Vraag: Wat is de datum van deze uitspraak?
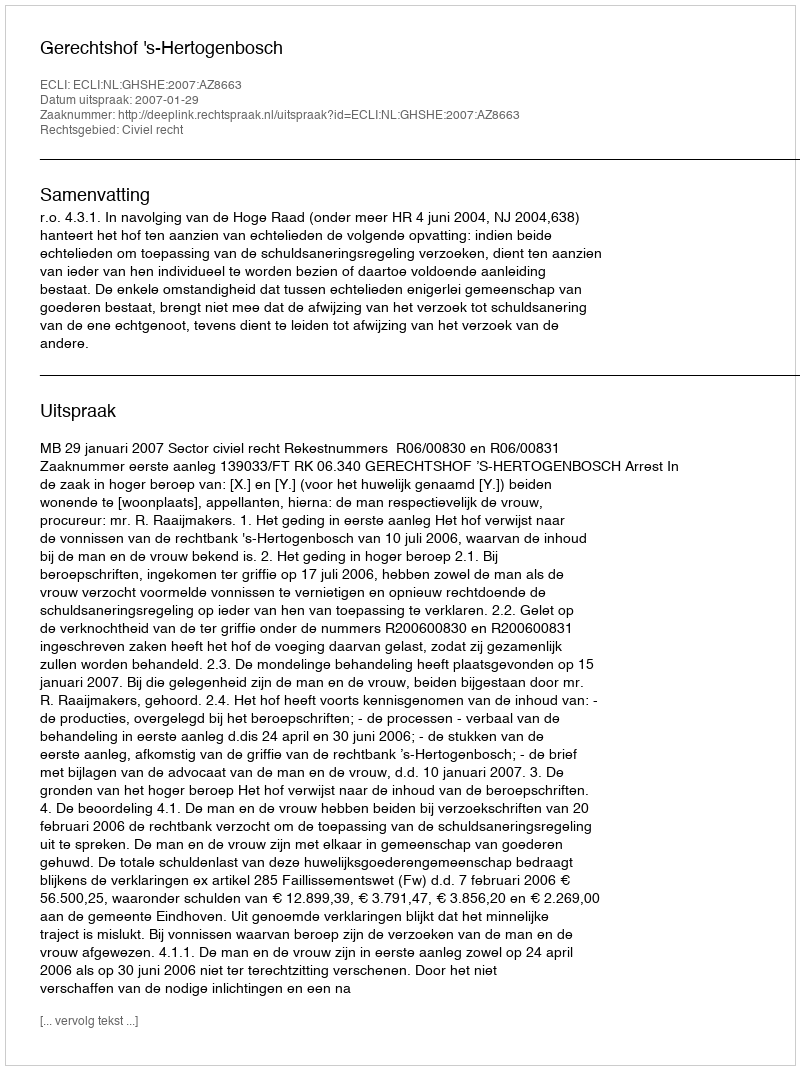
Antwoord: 2007-01-29